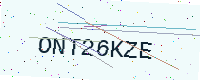
Text: ONT26KZE